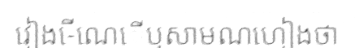
វៀង-េីណេើឬសាមណហៀងថា